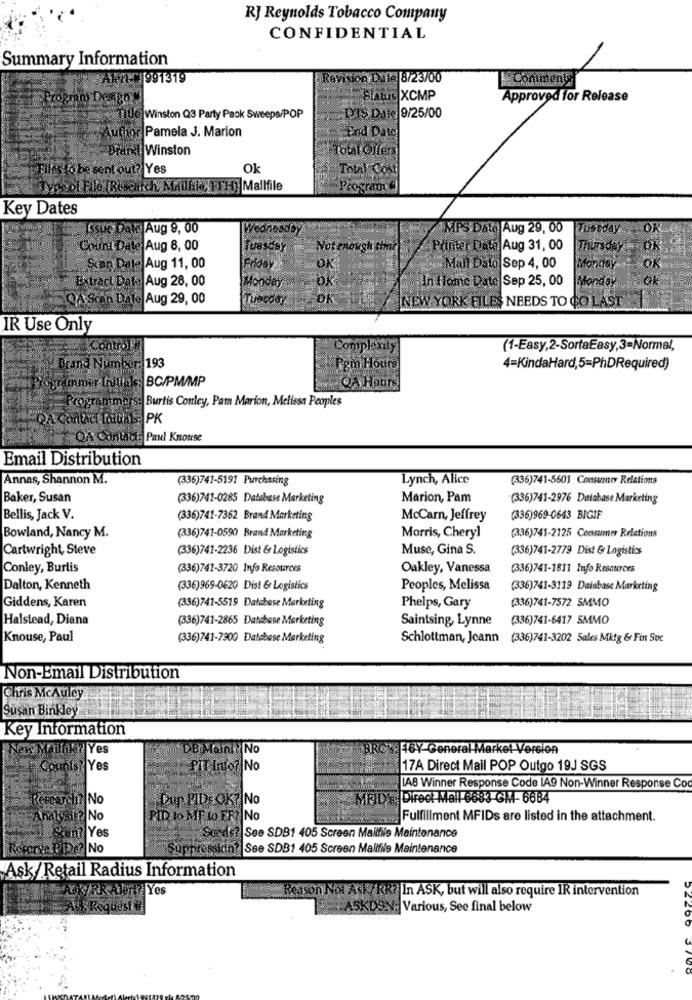
RJ Reynolds Tobacco Company
CONFIDENTIAL
Summary Information
Aknt 991319
Revision Date 8/23/00
Comment
Status XCMP
Approved for Release
TIUe Winston Q3 Party Pack Sweeps/POP
DIS Date 9/25/00
Author Pamela J. Marion
End Date
Dretxl Winston
total Offers
Flies to be sent out? Yes
Ok
Total Cost
Mallfile
ogram
Key Dates
Issue Date Aug 9, 00
Wednesday
AMPS Dato Aug 29, 00
Tuesday
OK 62
Count Date Aug 8, 00
Tuesday
Not enough time
Printer Dato Aug 31, 00
Thursday
Scan Date Aug 11, 00
Friday
OK
Mail Dalo Sep 4, 00
Monday
OK
"Extract Date Aug 28, 00
In Home Date Sep 25, 00
Monday
Mondeye
QA
in Date
Aug 29, 00
Tuesday
DK
NEW YORK FILES NEEDS TO CO LAST
IR Use Only
Complexity
(1-Easy,2-SortaEasy,3=Normal,
Brand Number:
193
Pem Hours
4=KindaHard,5=PhDRequired)
Gyrammer Initiaks: BC/PM/MP
QA Hours
Programmers: Burtis Conley, Pam Marion, Melissa Peoples
QA Contact: Paul Knouse
Email Distribution
Annas, Shannon M.
(336)741-5191 Purchasing
Lynch, Alice
(336)741-5601 Consumer Relations
Baker, Susan
(336)741-0285 Database Marketing
Marion, Pam
(336)741-2976 Database Marketing
Bellis, Jack V.
(336)741-7362 Brand Marketing
McCarn, Jeffrey
(336)969-0643 BIGIF
Bowland, Nancy M.
(336)741-0590 Brand Marketing
Morris, Cheryl
(336)741-2125 Consumer Relations
Cartwright, Steve
(336)741-2236 Dist & Logistics
Muse, Gina S.
(336)741-2779 Dist & Logistics
Conley, Burtis
(336)741-3720 Info Resources
Oakley, Vanessa
(336)741-1811 Info Resources
Dalton, Kenneth
(336)969-0620 Dist & Logistics
Peoples, Melissa
(336)741-3119 Dainbase Marketing
Giddens, Karen
(336)741-7572 SMMO
(336)741-5519 Database Marketing
Phelps, Gary
Halstead, Diana
(336)741-2865 Database Marketing
Saintsing, Lynne
(336)741-6417 SMMO
Knouse, Paul
(336)741-7900 Database Marketing
Schlottman, Jeann (336)741-3202 Sales Mktg & Fin Sue
Non-Email Distribution
Chris McAuley
Susan Binkley
Key Information
New MAIlMik? Yes
1DB Maini? No
6Y General Marke! Version
Counts? Yes
PIT Inio? No
17A Direct Mail POP Outgo 19J SGS
LA8 Winner Response Code LA9 Non-Winner Response Cod
ReEDarch? No
Dup PIDE OK? No
MRID': Direct Mall 6683 GM- 6684
Analyst? No
PID to ME to FF
No
Fulfillment MFIDs are listed in the attachment.
Yes
See SDB1 405 Screen Mailfile Maintenance
No
See SDB1 405 Screen Mallfils Maintenance
Ask/ Retail Radius Information
AOK/BR ATORY Yes
ason Not Ask/ KR? In ASK, but will also require IR intervention
KDON
Various, See final below